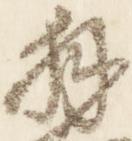
拝